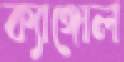
ক্যাঙ্গোল